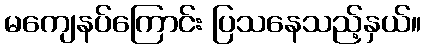
မကျေနပ်ကြောင်း ပြသနေသည့်နှယ်။